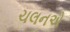
ચલનએ